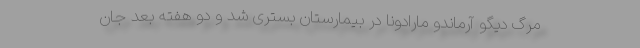
مرگ دیگو آرماندو مارادونا در بیمارستان بستری شد و دو هفته بعد جان